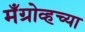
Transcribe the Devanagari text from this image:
मँग्रोव्हच्या